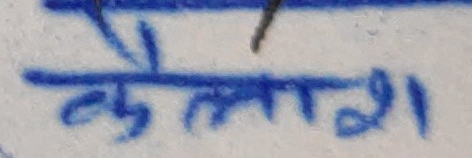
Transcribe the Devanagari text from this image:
कैलाश